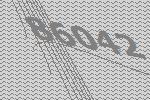
86042